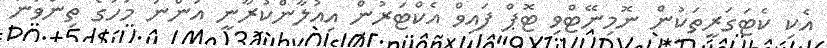
އެކި ކެޓަގަރީތަކުން ނޮމިނޭޓްވި ޓޮޕް ފައިވް އެކްޓަރުން އިއުލާންކުރާނީ އަންނަ މަހުގެ ތިންވަނަ